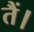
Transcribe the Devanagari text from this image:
तैं।